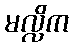
မလ္လိက